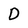
Character: D